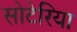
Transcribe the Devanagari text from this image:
सोटेरिया